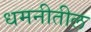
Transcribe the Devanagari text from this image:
धमनीतील